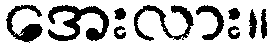
အေးလား။